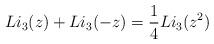
LaTeX: \begin{align*}Li_3(z) + Li_3(-z) = \frac{1}{4} Li_3(z^2) \end{align*}